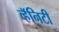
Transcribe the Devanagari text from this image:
व्हॅनिटी